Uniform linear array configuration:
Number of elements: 48
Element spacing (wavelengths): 0.75
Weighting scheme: blackman
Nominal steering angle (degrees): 0
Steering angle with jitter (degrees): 1.59
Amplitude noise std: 0.05
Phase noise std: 0.05

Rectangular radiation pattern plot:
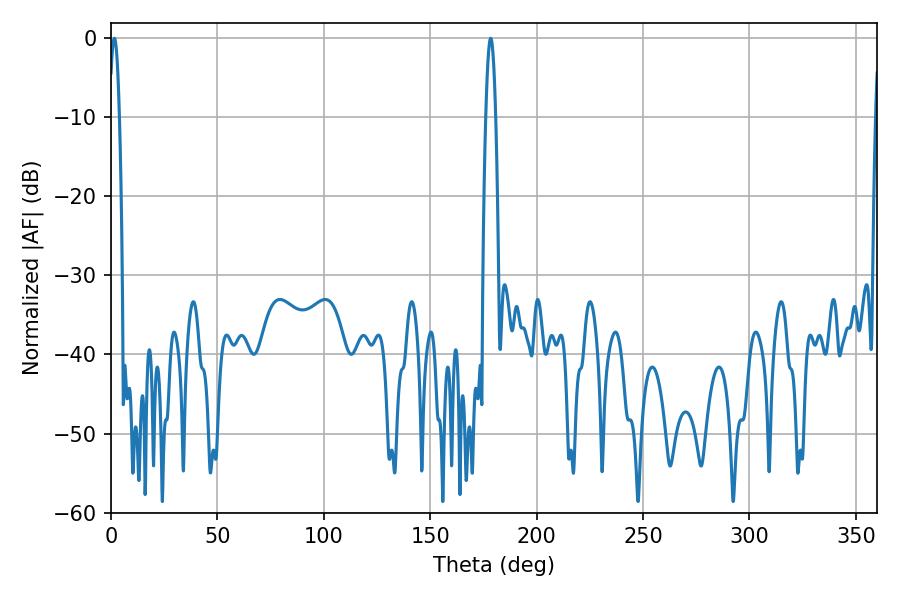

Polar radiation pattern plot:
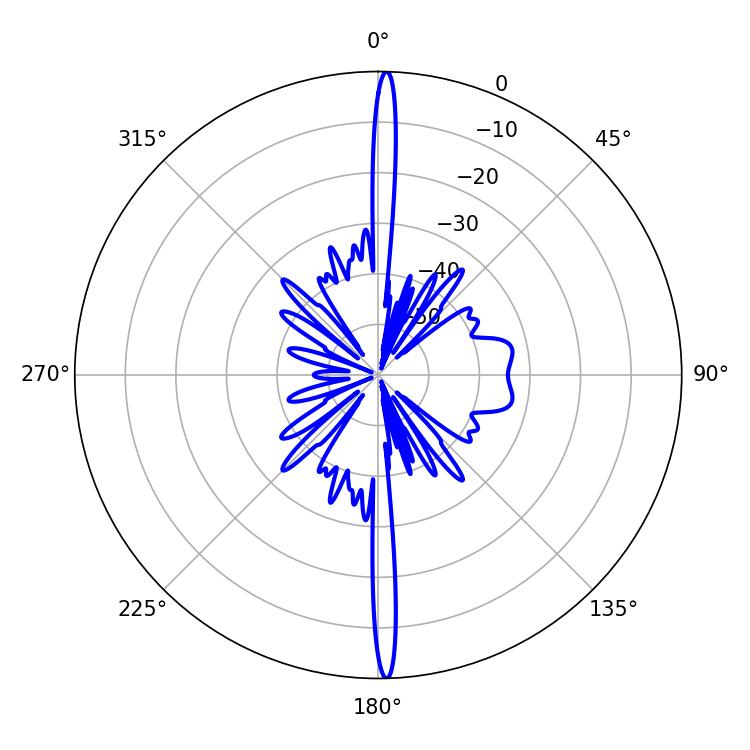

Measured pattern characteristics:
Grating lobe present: TRUE
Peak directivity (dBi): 28.336
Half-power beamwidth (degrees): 2.52
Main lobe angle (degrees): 1.62